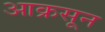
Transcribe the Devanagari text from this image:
आक्रसून